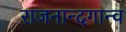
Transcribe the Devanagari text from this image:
राजनान्दगान्व